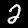
Digit: 2